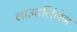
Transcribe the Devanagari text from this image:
लाउटलिंगेन